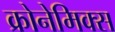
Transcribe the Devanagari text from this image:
क्रोनेमिक्स